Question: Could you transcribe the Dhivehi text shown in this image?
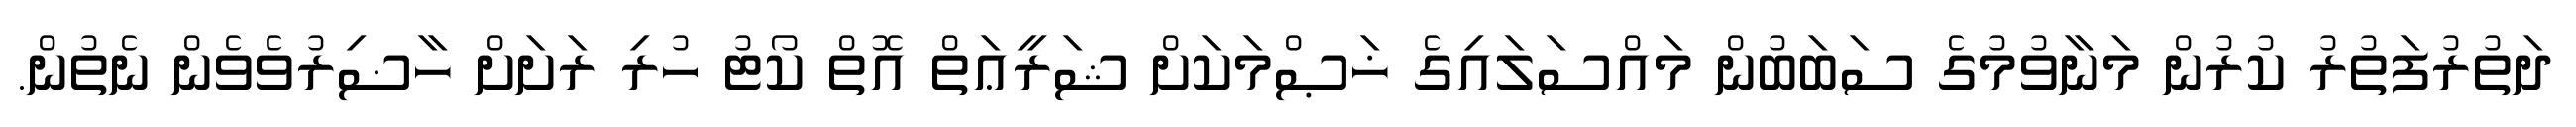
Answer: ދަތުރުފަތުރު ކުރުން މަނާވުމުގެ ސަބަބުން މައްސަލައިގެ ޚަޞްމަކަށް ޝަރީޢަތް އޮތް ކޯޓު ހުރި ރަށަށް ހާޟިރުވެވެން ނެތުން.